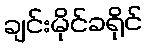
ချင်းမိုင်ခရိုင်